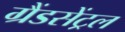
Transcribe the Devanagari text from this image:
ग्रैंडसेंट्रल